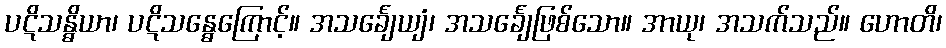
ပဋိသန္ဓိယာ၊ ပဋိသန္ဓေကြောင့်။ အသင်္ချေယျံ၊ အသင်္ချေဖြစ်သော။ အာယု၊ အသက်သည်။ ဟောတိ၊